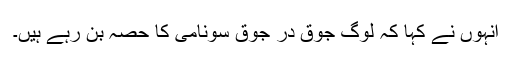
انہوں نے کہا کہ لوگ جوق در جوق سونامی کا حصہ بن رہے ہیں۔